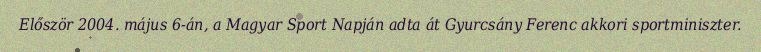
Először 2004. május 6-án, a Magyar Sport Napján adta át Gyurcsány Ferenc akkori sportminiszter.